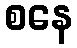
စနေ